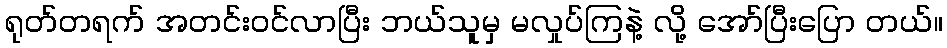
ရုတ်တရက် အတင်းဝင်လာပြီး ဘယ်သူမှ မလှုပ်ကြနဲ့ လို့ အော်ပြီးပြော တယ်။